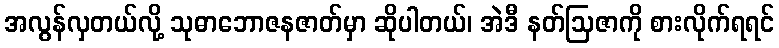
အလွန်လှတယ်လို့ သုဓာဘောဇနဇာတ်မှာ ဆိုပါတယ်၊ အဲဒီ နတ်ဩဇာကို စားလိုက်ရရင်